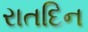
રાતદિન